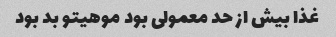
غذا بیش از حد معمولی بود موهیتو بد بود